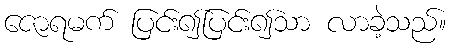
ဇောရမက် ပြင်း၍ပြင်း၍သာ လာခဲ့သည်။